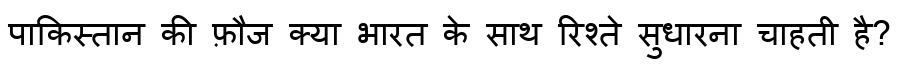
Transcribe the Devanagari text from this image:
पाकिस्तान की फ़ौज क्या भारत के साथ रिश्ते सुधारना चाहती है?